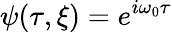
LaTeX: \psi(\tau,\xi)=e^{i\omega_{0}\tau}